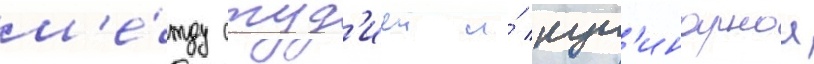
м'е́жду студ'иеи и́ кул'инарнои